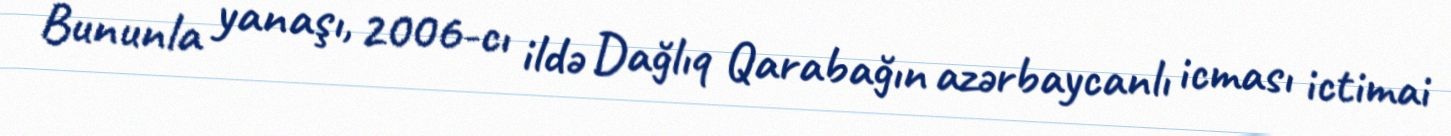
Bununla yanaşı, 2006-cı ildə Dağlıq Qarabağın azərbaycanlı icması ictimai